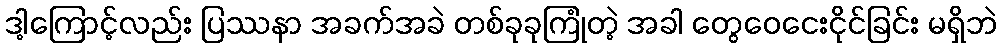
ဒါ့ကြောင့်လည်း ပြဿနာ အခက်အခဲ တစ်ခုခုကြုံတဲ့ အခါ တွေဝေငေးငိုင်ခြင်း မရှိဘဲ